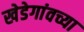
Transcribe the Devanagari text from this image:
खेडेगांवच्या